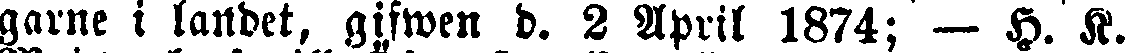
garne i landet, gifwen d. 2 April 1874; — H. K.